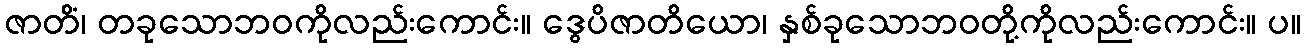
ဇာတိံ၊ တခုသောဘဝကိုလည်းကောင်း။ ဒွေပိဇာတိယော၊ နှစ်ခုသောဘဝတို့ကိုလည်းကောင်း။ ပ။